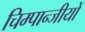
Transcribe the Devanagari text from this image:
चिम्पान्जीयों